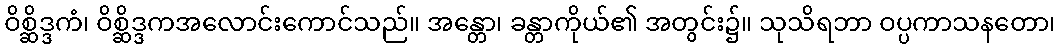
ဝိစ္ဆိဒ္ဒကံ၊ ဝိစ္ဆိဒ္ဒကအလောင်းကောင်သည်။ အန္တော၊ ခန္တာကိုယ်၏ အတွင်း၌။ သုသိရဘာ ဝပ္ပကာသနတော၊